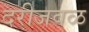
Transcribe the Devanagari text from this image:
दरीजवळ